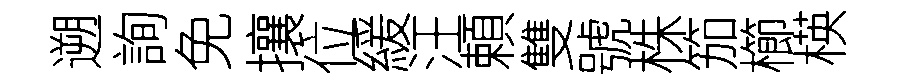
遡詢免攘位緩汪頼雙號株笳櫛楧